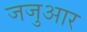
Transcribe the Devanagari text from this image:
जजुआर